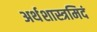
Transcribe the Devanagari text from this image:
अर्थशास्त्रमिदं